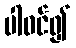
ပါဝင်၍